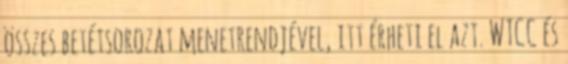
összes betétsorozat menetrendjével, itt érheti el azt. WTCC és